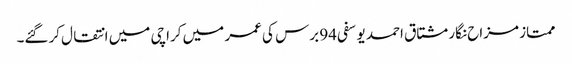
ممتاز مزاح نگار مشتاق احمد یوسفی 94 برس کی عمر میں کراچی میں انتقال کرگئے۔